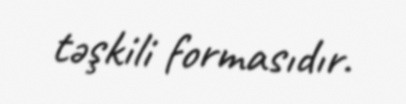
təşkili formasıdır.